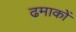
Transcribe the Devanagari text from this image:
ढमाकों